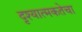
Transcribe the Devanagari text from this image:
दृश्यात्मकतेचा